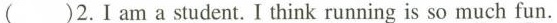
()2.Iam a student.I think running is so much fun.